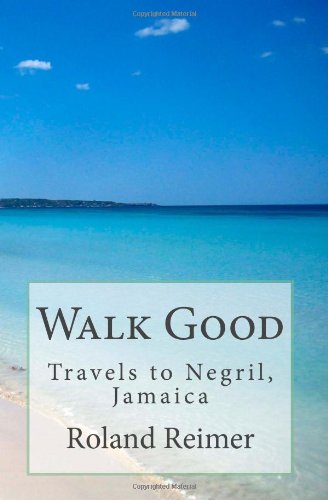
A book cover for Walk Good - Travels to Negril, Jamaica; Roland Reimer; Travel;